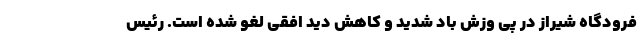
فرودگاه شیراز در پی وزش باد شدید و کاهش دید افقی لغو شده است. رئیس